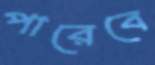
পারেবে